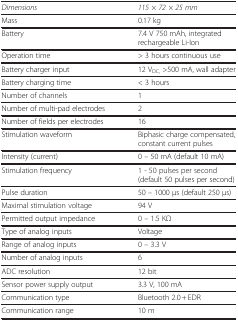
<table><thead><tr><td><b><i>Dimensions</i></b></td><td><b><i>115 × 72 × 25 mm</i></b></td></tr></thead><tbody><tr><td>Mass</td><td>0.17 kg</td></tr><tr><td>Battery</td><td>7.4 V 750 mAh, integrated rechargeable Li-Ion</td></tr><tr><td>Operation time</td><td>&gt; 3 hours continuous use</td></tr><tr><td>Battery charger input</td><td>12 V<sub>DC,</sub> &gt;500 mA, wall adapter</td></tr><tr><td>Battery charging time</td><td>&lt; 3 hours</td></tr><tr><td>Number of channels</td><td>1</td></tr><tr><td>Number of multi-pad electrodes</td><td>2</td></tr><tr><td>Number of fields per electrodes</td><td>16</td></tr><tr><td>Stimulation waveform</td><td>Biphasic charge compensated, constant current pulses</td></tr><tr><td>Intensity (current)</td><td>0 – 50 mA (default 10 mA)</td></tr><tr><td>Stimulation frequency</td><td>1 - 50 pulses per second (default 50 pulses per second)</td></tr><tr><td>Pulse duration</td><td>50 – 1000 μs (default 250 μs)</td></tr><tr><td>Maximal stimulation voltage</td><td>94 V</td></tr><tr><td>Permitted output impedance</td><td>0 – 1.5 KΩ</td></tr><tr><td>Type of analog inputs</td><td>Voltage</td></tr><tr><td>Range of analog inputs</td><td>0 – 3.3 V</td></tr><tr><td>Number of analog inputs</td><td>6</td></tr><tr><td>ADC resolution</td><td>12 bit</td></tr><tr><td>Sensor power supply output</td><td>3.3 V, 100 mA</td></tr><tr><td>Communication type</td><td>Bluetooth 2.0 + EDR</td></tr><tr><td>Communication range</td><td>10 m</td></tr></tbody></table>